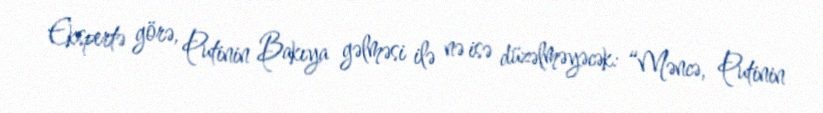
Ekspertə görə, Putinin Bakıya gəlməsi ilə nə isə düzəlməyəcək: “Məncə, Putinin